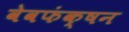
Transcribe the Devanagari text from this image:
वेवफंक्षन